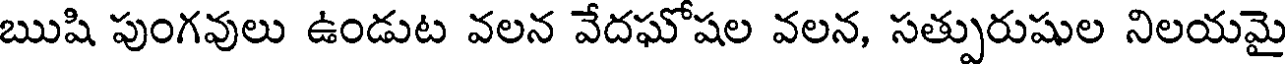
ఋషి పుంగవులు ఉండుట వలన వేదఘోషల వలన, సత్పురుషుల నిలయమై